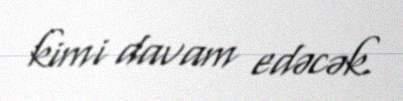
kimi davam edəcək.